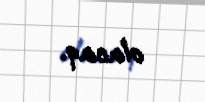
olacaq.